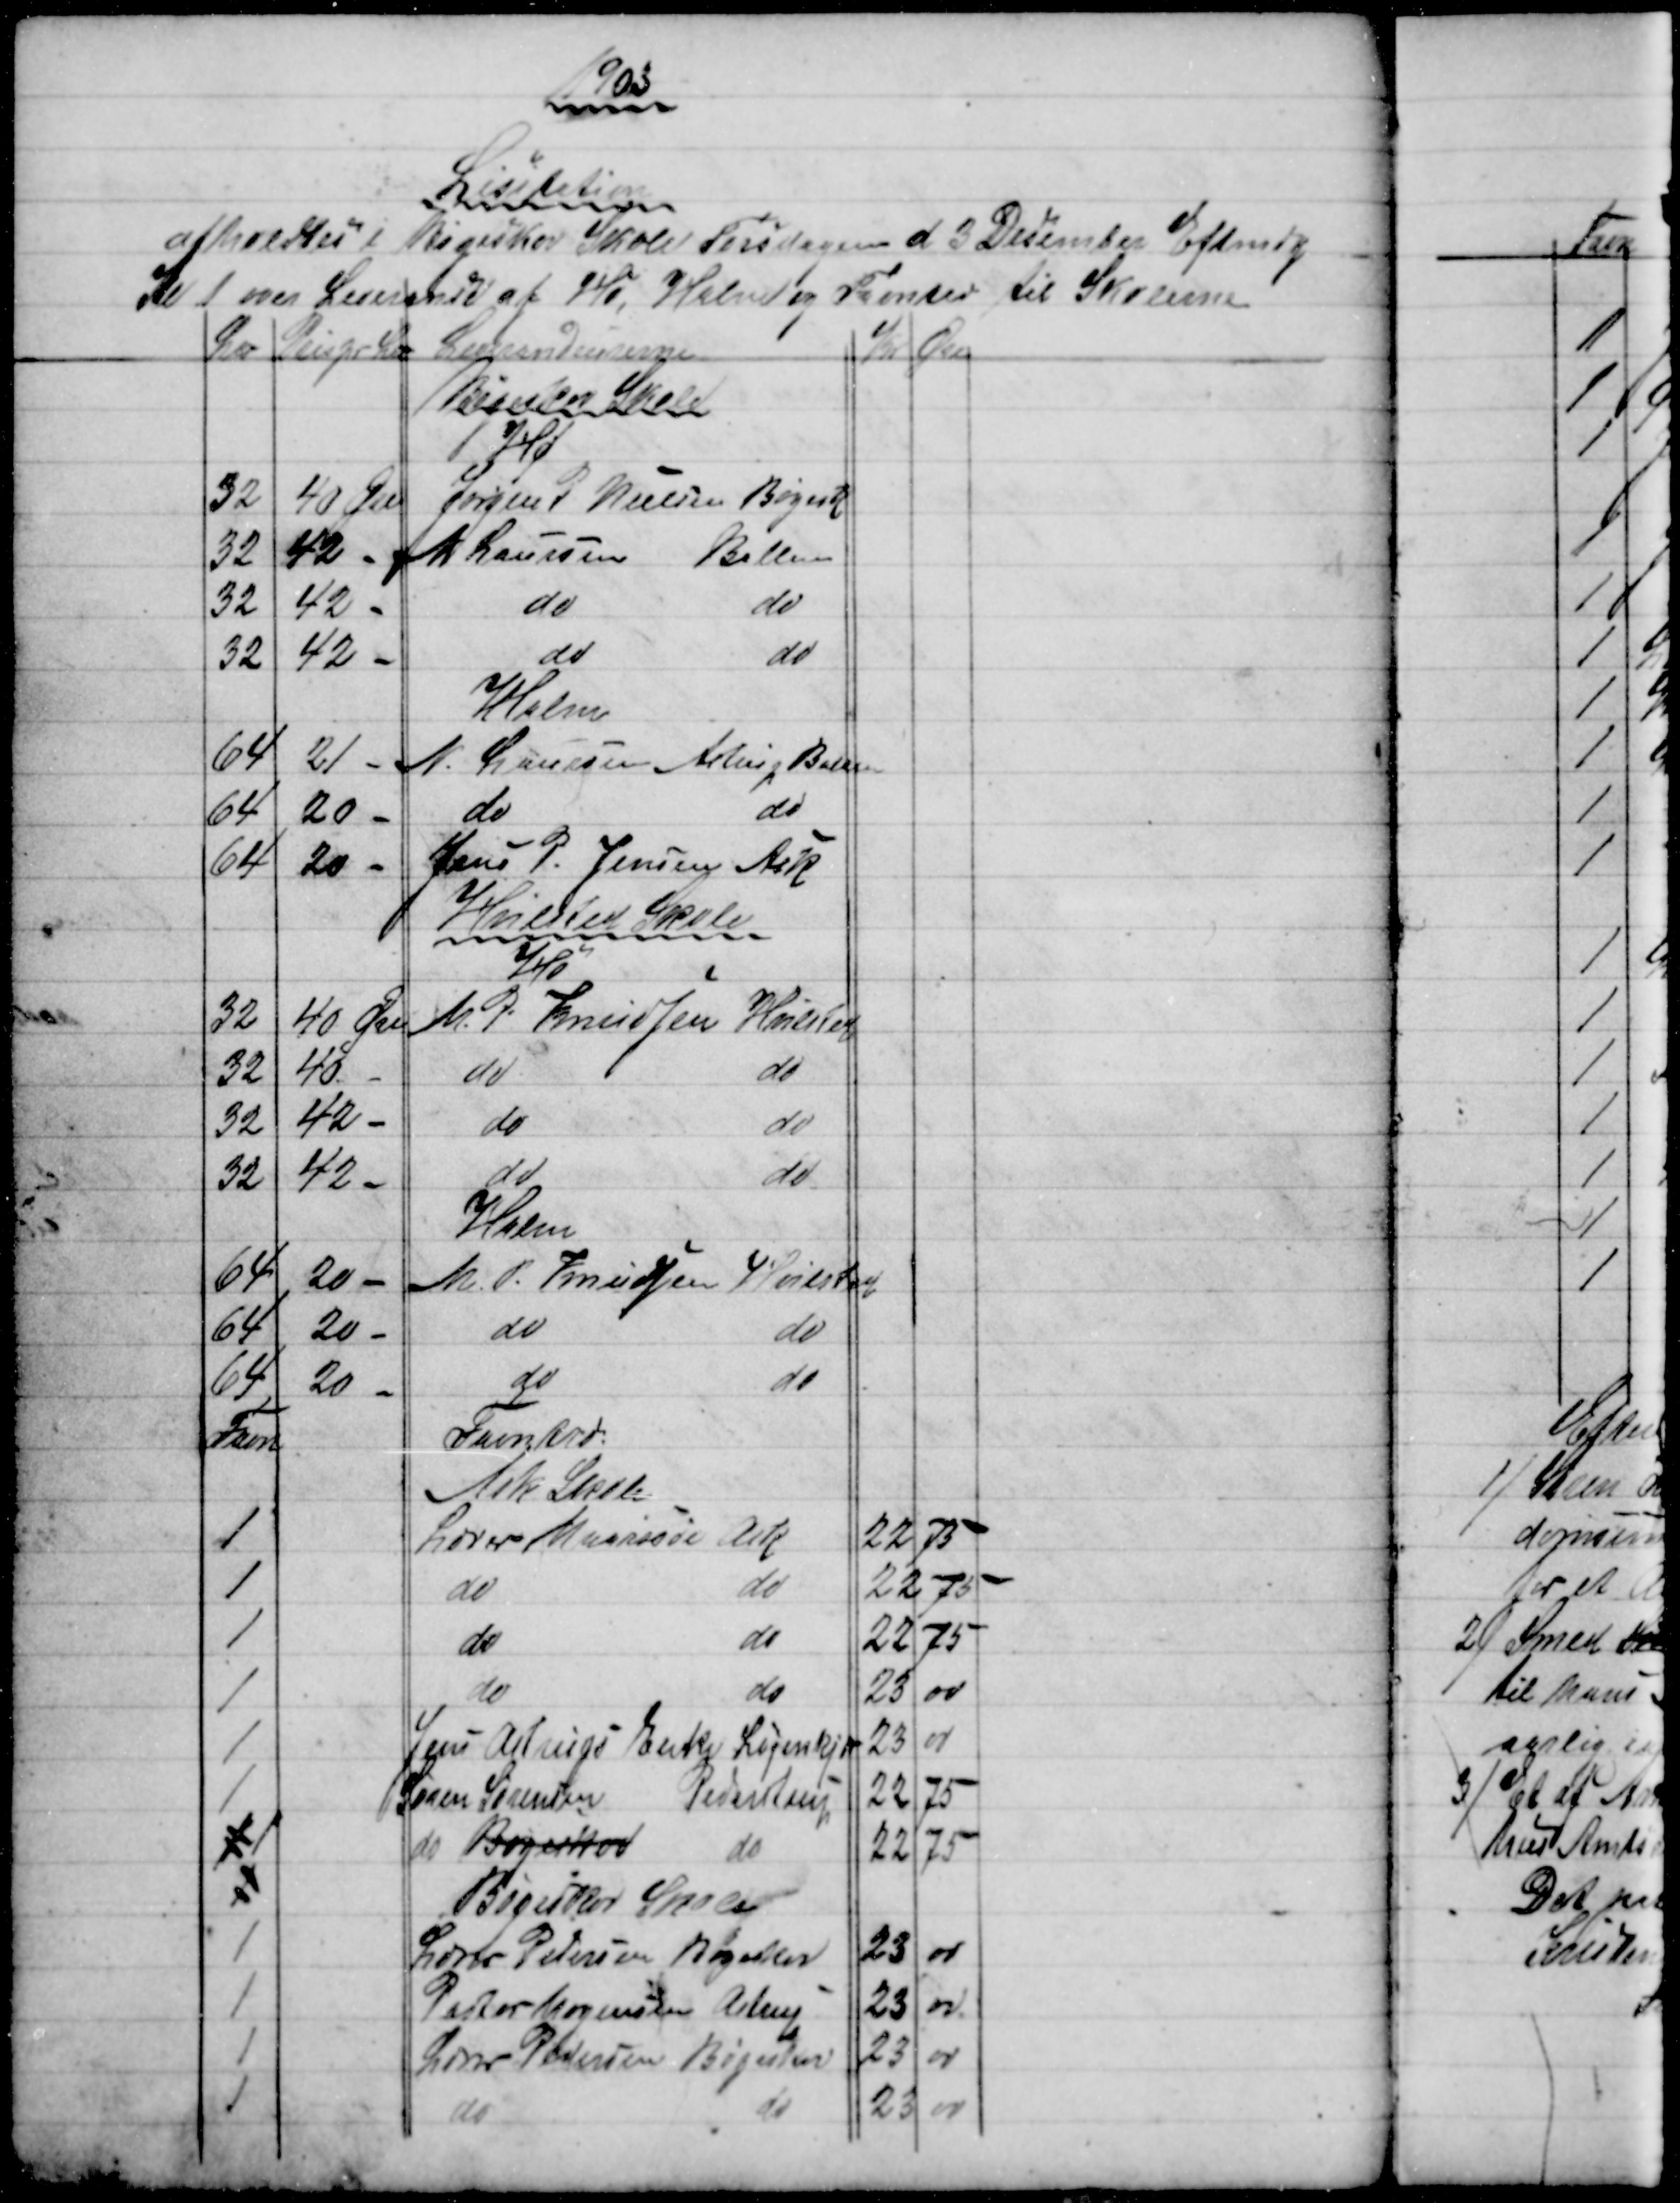
Transskription:
1903
Licitation
afholdtes i Bøgeskov Skole Torsdagen d 3 December Eftmdg
Kl 1 over Leverance af Hø, Halm og Favntræ til Skolerne
℔
Pris pr ℔
Leverandeurerne
Kr
Øre
Bøgeskov Skole
Hø
32
40 Øre
Jørgen P Nielsen Bøgesk
32
42 -
N Laursen Ballen
32
42 -
do
do
32
42 -
do
do
Halm
64
21 -
N. Laursen Astrup Ballen
64
20 -
do
do
64
20 -
Jens P. Jensen Ask
Hvilsted Skole
Hø
32
40 Øre
M. P. Knudsen Hvilsted
32
40
do
do
32
42
do
do
32
42
do
do
Halm
64
20 
M. P. Knudsen Hvilsted
64
20 
do
do
64
20
do
do
Favn
Favntræ.
Ask Skole
1
Lærer Maarssøe Ask
22 75
1
do
do
22 75
1
do
do
22 75
1
do
do
23
00
1
Jens Astrups Enke Løjenkjær
23
00
1
Søren Sørensen Pederstrup
22
75
1 1
do Bøgeskov do
22
75
1
Bøgeskov Skole
1
Lærer Pedersen Bøgeskov
23
00
1
Pastor Mogensen Astrup
23
00
1
Lærer Pedersen Bøgeskov
23
00
1
do
do
23
00